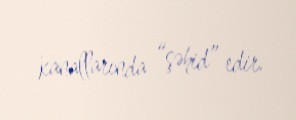
kanallarında “şəhid” edir.